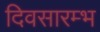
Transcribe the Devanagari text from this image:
दिवसारम्भ